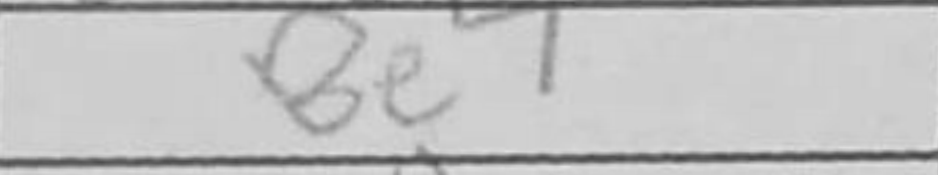
Transcription: Be7